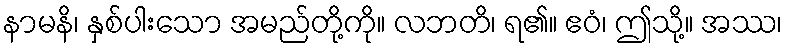
နာမနိ၊ နှစ်ပါးသော အမည်တို့ကို။ လဘတိ၊ ရ၏။ ဧဝံ၊ ဤသို့။ အဿ၊